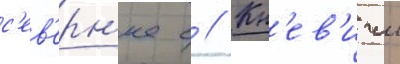
с'ев'ерн'ее с // Кн'ев'ичи